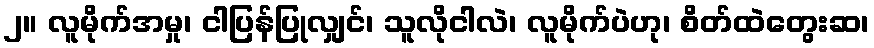
၂။ လူမိုက်အမှု၊ ငါပြန်ပြုလျှင်၊ သူလိုငါလဲ၊ လူမိုက်ပဲဟု၊ စိတ်ထဲတွေးဆ၊